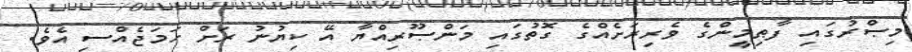
މިޞްރުގައި ފާޠިމީންގެ ވެރިރަށެއްގެ ގޮތުގައި މަންޞޫރިއްޔާ އޭ ކިޔުނު ރަށް ހަމަޖެއްސި އެވެ.